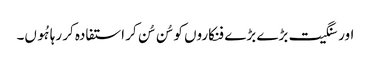
اور سنگیت بڑے بڑے فنکاروں کو سُن سُن کر استفادہ کر رہا ہُوں۔